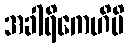
အခါရိကေဟိပိ